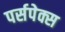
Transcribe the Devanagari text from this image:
पर्सपेक्स